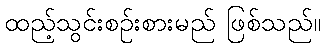
ထည့်သွင်းစဉ်းစားမည် ဖြစ်သည်။